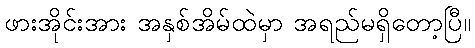
ဖားအိုင်းအား အနှစ်အိမ်ထဲမှာ အရည်မရှိတော့ပြီ။